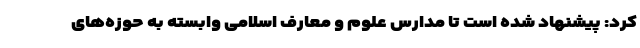
کرد: پیشنهاد شده است تا مدارس علوم و معارف اسلامی وابسته به حوزه‌های